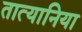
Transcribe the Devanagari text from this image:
तात्यानिया